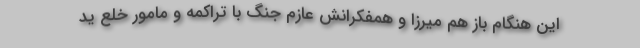
این هنگام باز هم میرزا و همفکرانش عازم جنگ با تراکمه و مامور خلع ید